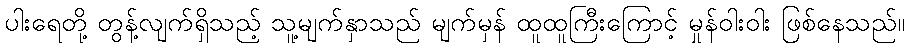
ပါးရေတို့ တွန့်လျက်ရှိသည့် သူ့မျက်နှာသည် မျက်မှန် ထူထူကြီးကြောင့် မှုန်ဝါးဝါး ဖြစ်နေသည်။